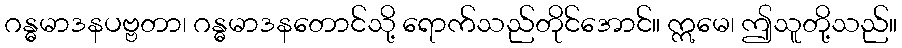
ဂန္ဓမာဒနပဗ္ဗတာ၊ ဂန္ဓမာဒနတောင်သို့ ရောက်သည်တိုင်အောင်။ ဣမေ၊ ဤသူတို့သည်။